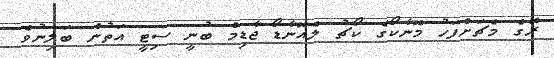
ރޭގެ މެޗަށްފަހު މޮނާކޯގެ ކޯޗު ލެއޮނާޑޯ ޖާޑިމް ބުނީ ސިޓީ އަތުން ބަލިނުވެ